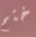
ختم